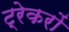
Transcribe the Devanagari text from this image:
ट्रेकरों